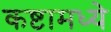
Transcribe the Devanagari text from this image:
कष्टामध्ये